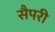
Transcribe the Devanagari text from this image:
सैपरी